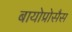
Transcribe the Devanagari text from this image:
बायोप्रोसैस